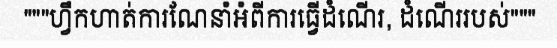
"""ហ្វឹកហាត់ការណែនាំអំពីការធ្វើដំណើរ, ដំណើររបស់"""